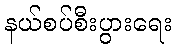
နယ်စပ်စီးပွားရေး